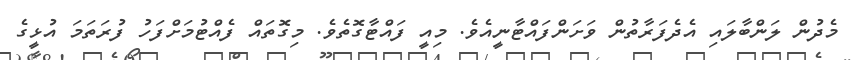
މެދުން ލަންބާލައި އެދެފަރާތުން ވަށަންފައްޓާނީއެވެ. މިއީ ފައްޓާގޮތެވެ. މިގޮތައް ފެއްޓުމަށްފަހު ފުރަތަމަ އުޅީގެ